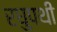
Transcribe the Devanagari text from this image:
रघुपथी